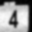
Digit: 4